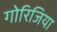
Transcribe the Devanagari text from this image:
गोरिजिया